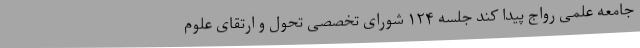
جامعه علمی رواج پیدا کند جلسه ۱۲۴ شورای تخصصی تحول و ارتقای علوم